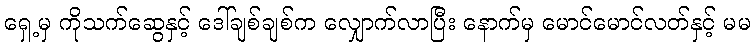
ရှေ့မှ ကိုသက်ဆွေနှင့် ဒေါ်ချစ်ချစ်က လျှောက်လာပြီး နောက်မှ မောင်မောင်လတ်နှင့် မမ